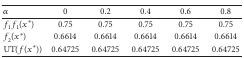
| α | 0 | 0.2 | 0.4 | 0.6 | 0.8 |
 | --- | --- | --- | --- | --- | --- |
 | f1f1(x*) | 0.75 | 0.75 | 0.75 | 0.75 | 0.75 |
 | f2(x*) | 0.6614 | 0.6614 | 0.6614 | 0.6614 | 0.6614 |
 | UT(f(x*)) | 0.64725 | 0.64725 | 0.64725 | 0.64725 | 0.64725 |